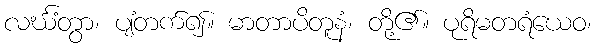
လင်္ဃံတွာ၊ ပျံတက်၍။ မာတာပိတူနံ၊ တို့၏။ ပုရိမတရံယေဝ၊